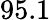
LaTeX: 95.1